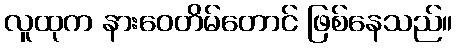
လူထုက နားဝေတိမ်တောင် ဖြစ်နေသည်။